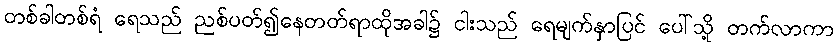
တစ်ခါတစ်ရံ ရေသည် ညစ်ပတ်၍နေတတ်ရာထိုအခါ၌ ငါးသည် ရေမျက်နှာပြင် ပေါ်သို့ တက်လာကာ